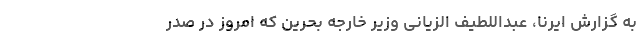
به گزارش ایرنا،‌ عبداللطیف الزیانی وزیر خارجه بحرین که امروز در صدر